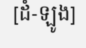
[ដំ-ឡូង]